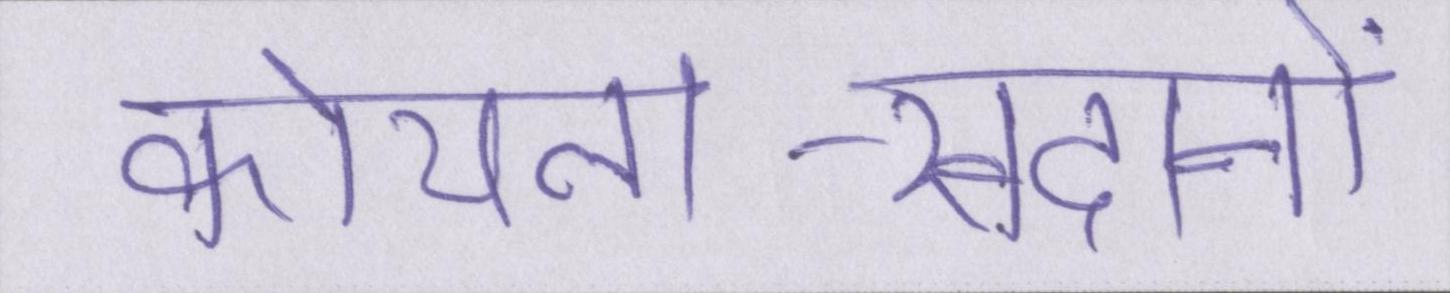
कोयला-खदानों